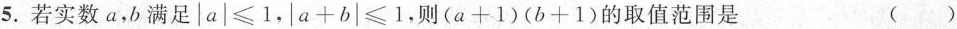
5.若实数a，b满足$$|a|\leqslant 1$$，$$|a+b|\geqslant 1$$，则$$(a+1)(b+1)$$的取值范围是 ()